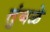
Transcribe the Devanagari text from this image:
तुंबळे